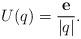
LaTeX: \begin{align*} U(q)=\frac{\mathbf{e}}{|q|}. \end{align*}